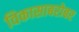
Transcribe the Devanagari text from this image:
विकासाबरोबर